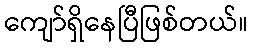
ကျော်ရှိနေပြီဖြစ်တယ်။